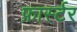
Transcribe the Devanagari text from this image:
फ़ार्स्टर